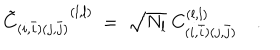
{ { \tilde { C } } _ { ( i , \bar { i } ) ( j , \bar { j } ) } } ^ { ( l , l ) } \ = \ { \sqrt { N _ { l } } \ C _ { ( i , \bar { i } ) ( j , \bar { j } ) } ^ { ( l , l ) } } \quad .